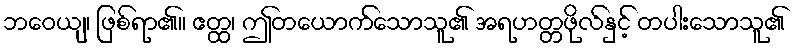
ဘဝေယျ၊ ဖြစ်ရာ၏။ ဧတ္ထ၊ ဤတယောက်သောသူ၏ အရဟတ္တဖိုလ်နှင့် တပါးသောသူ၏